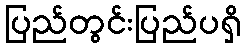
ပြည်တွင်းပြည်ပရှိ